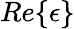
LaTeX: Re\{ \epsilon\}